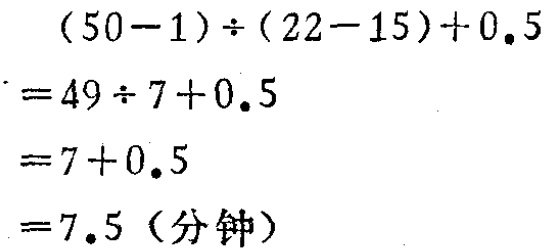
\[

\begin{align*}

&(50 - 1)\div(22 - 15)+0.5\\

=&49\div7 + 0.5\\

=&7+0.5\\

=&7.5 \text{（分钟）}

\end{align*}

\]